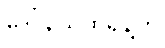
ဒေါ်နယ်ထရန့်က